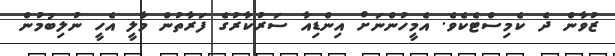
ޒުވާން ދެ ކެމިސްޓެކެވެ. އެމީހުންނަށް އިންޑިއާ ސަރުކާރުގެ ފަރާތުން މާލީ އެހީ ނުލިބުމުން